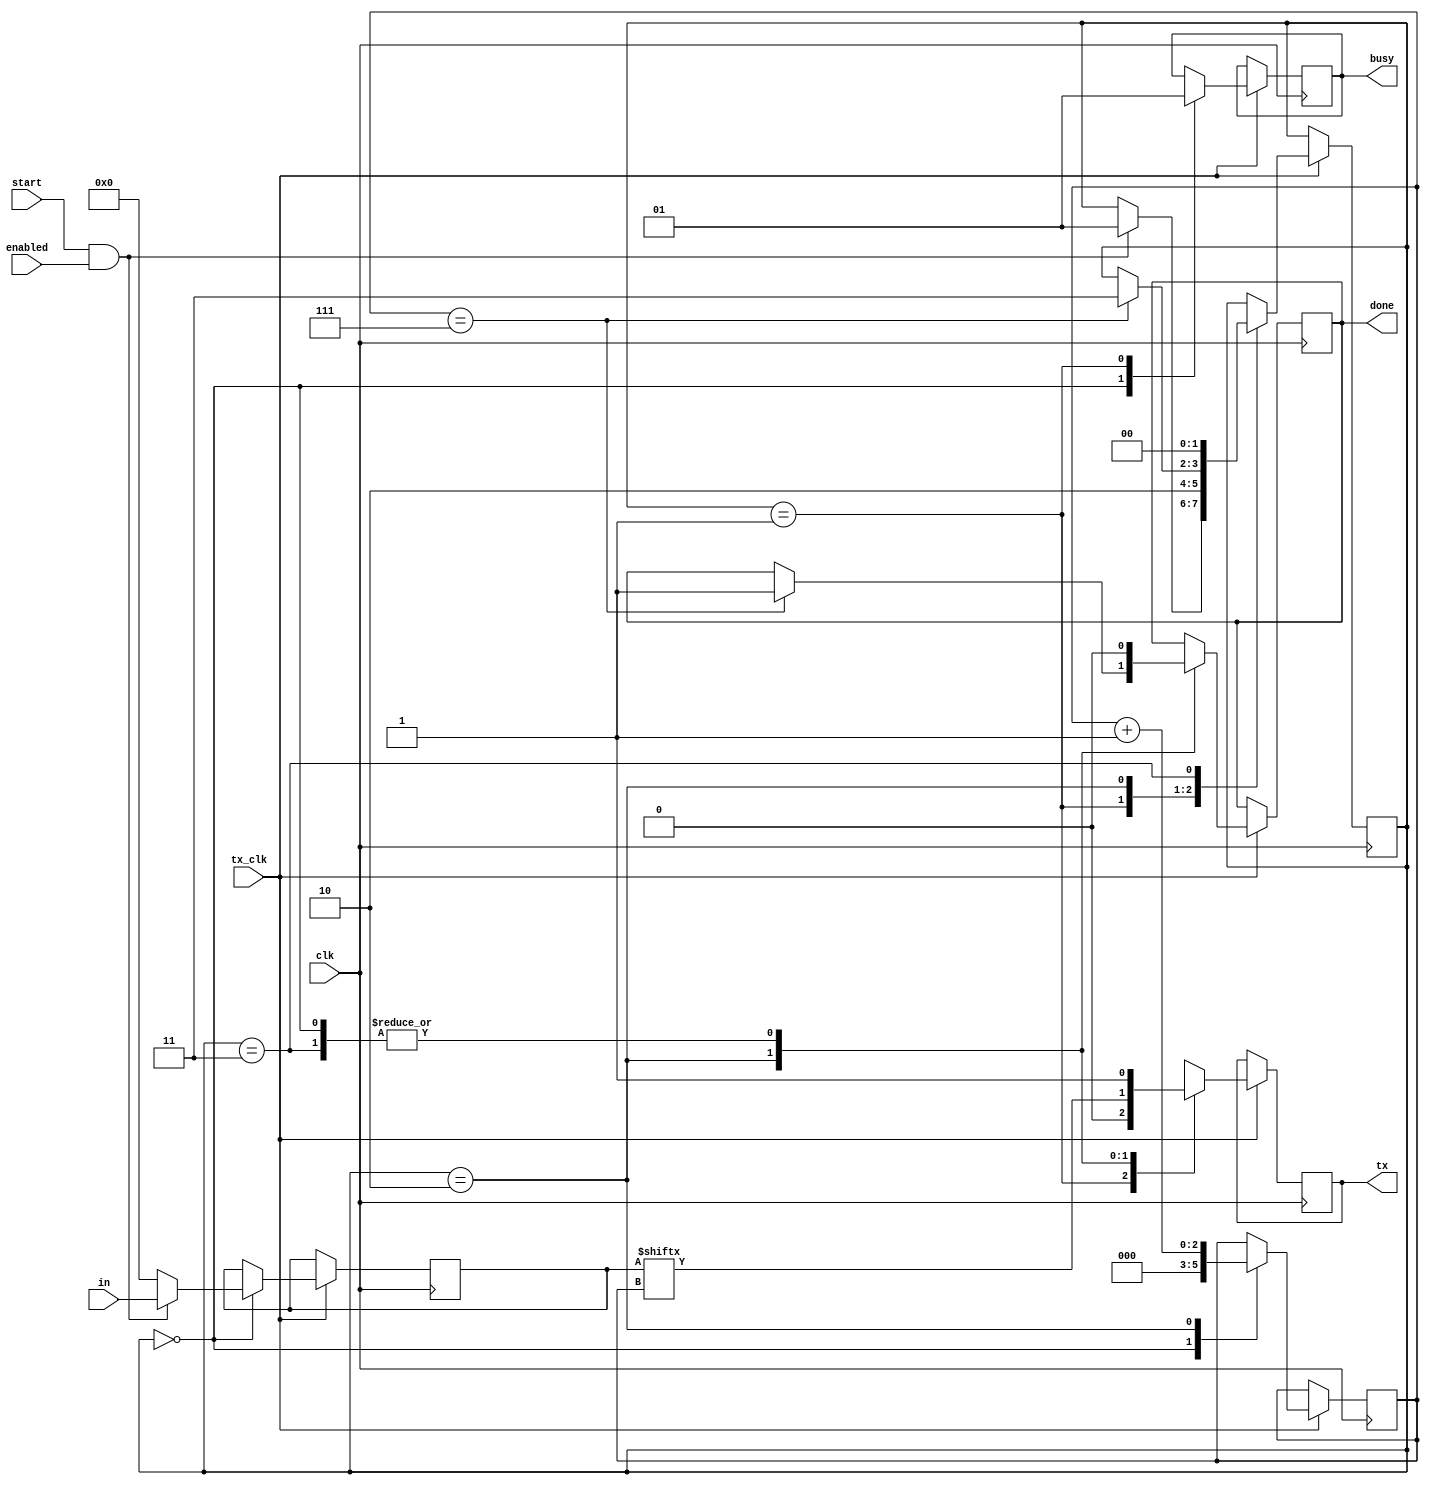


module uart_tx(
	input wire		clk,		// Domain clock
	input wire		tx_clk,		// Baud clock
	input wire		enabled,
	input wire		start,		// Start transmission
	input wire [7:0]	in,		// Data to transmit
	
	output reg		tx,		// output TX pin
	output reg		done,		// done transmitting
	output reg		busy		// transmitting data
);

	localparam STATE_TX_IDLE	= 2'b00;
	localparam STATE_TX_START_BIT	= 2'b01;
	localparam STATE_TX_DATA_BITS	= 2'b10;
	localparam STATE_TX_STOP_BIT	= 2'b11;

	reg [1:0] state = STATE_TX_IDLE;

	reg [2:0] bit_index = 0;
	reg [7:0] data = 0;

	always @(posedge clk) begin
		if (tx_clk) begin
			case (state)
				STATE_TX_IDLE: begin
					tx <= 1;
					done <= 0;
					busy <= 0;
					bit_index <= 0;
					data <= 0;

					if (start && enabled) begin
						data <= in;
						state <= STATE_TX_START_BIT;
					end
				end

				STATE_TX_START_BIT: begin
					busy <= 1;
					tx <= 0;
					state <= STATE_TX_DATA_BITS;
				end


				STATE_TX_DATA_BITS: begin
					tx <= data[bit_index];
					bit_index <= bit_index + 1;
					if (bit_index == 7) begin
						done <= 1;
						state <= STATE_TX_STOP_BIT;
					end
				end

				STATE_TX_STOP_BIT: begin
					done <= 0;
					tx <= 1;
					state <= STATE_TX_IDLE;
				end
			endcase
		end
	end

endmodule